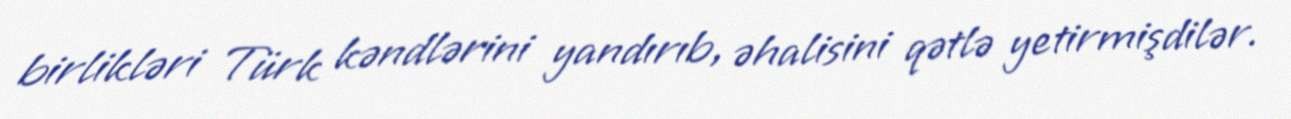
birlikləri Türk kəndlərini yandırıb, əhalisini qətlə yetirmişdilər.